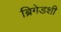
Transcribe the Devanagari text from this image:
ब्रिगेडशी